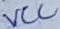
Text: VCC